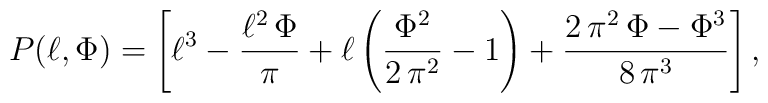
P(\ell,\Phi)=\left[\ell^3 - \frac{\ell^2\,\Phi }{\pi } + \ell \left(     \frac{{\Phi }^2}{2\,{\pi }^2} -1  \right)  +     \frac{2\,{\pi }^2\,\Phi  - {\Phi }^3}{8\,{\pi }^3}\right],